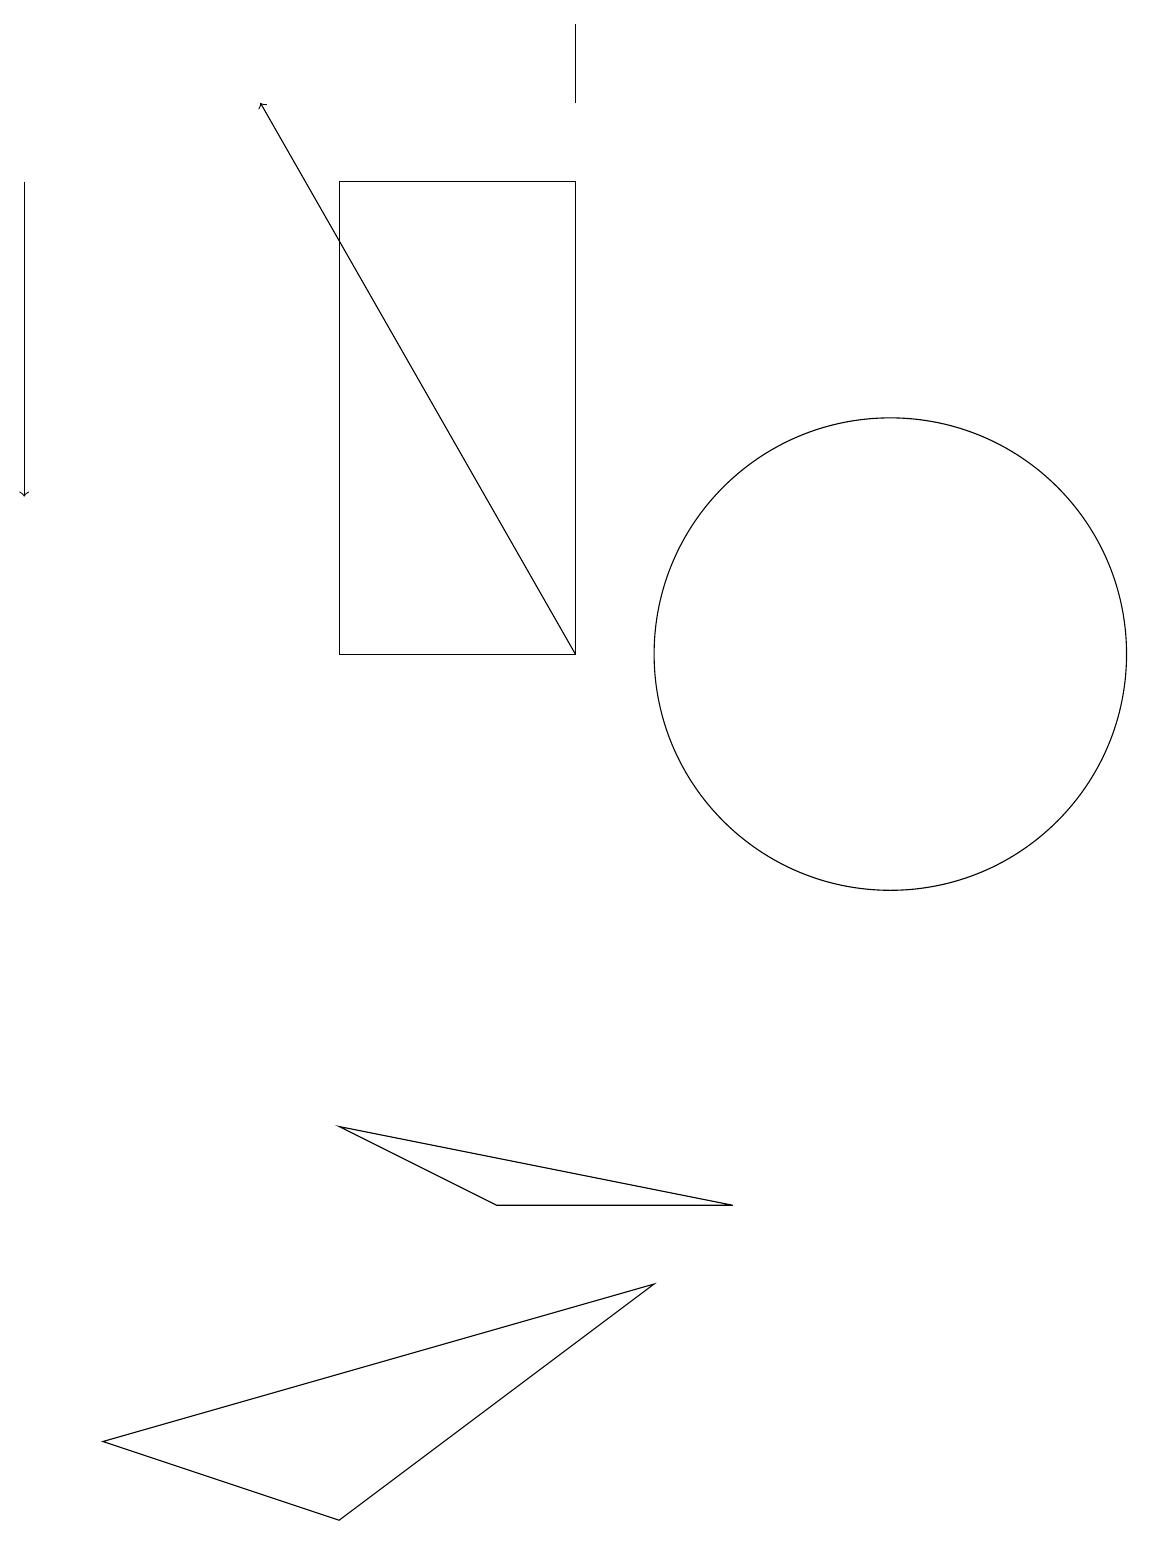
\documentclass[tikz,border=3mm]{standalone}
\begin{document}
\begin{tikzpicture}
\draw[->] (0,17) -- (0,13);
\draw[->] (7,11) -- (3,18);
\draw (11,11) circle (0);
\draw (11,11) circle (3);
\draw (7,18) rectangle (7,19);
\draw (8,3) -- (1,1) -- (4,0) -- cycle;
\draw (4,17) rectangle (7,11);
\draw (9,4) -- (4,5) -- (6,4) -- cycle;
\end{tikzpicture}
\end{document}